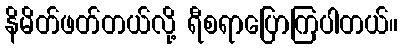
နိမိတ်ဖတ်တယ်လို့ ရီစရာပြောကြပါတယ်။